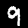
Digit: 9